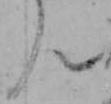
ん